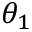
\theta _ { 1 }